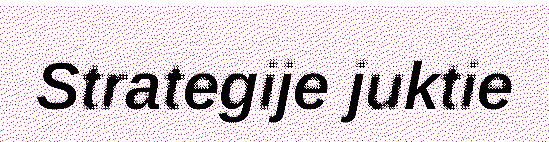
Strategije juktie